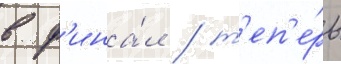
в ф'ина́л / т'еп'е́рь